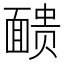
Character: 𫖃